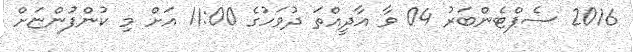
2016 ސެޕްޓެންބަރު 04 ވާ އާދީއްތަ ދުވަހުގެ 11:00 އަށް މި ކުންފުންޏަށް